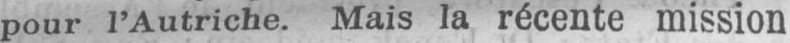
pour l’Autriche. Mais la récente mission